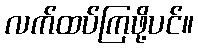
လက်ထပ်ကြဖို့ပင်။